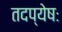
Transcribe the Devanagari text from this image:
तदप्येषः